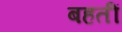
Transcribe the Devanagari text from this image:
बहतीं